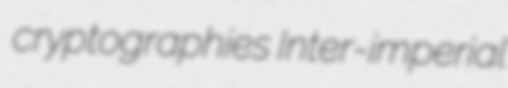
cryptographies Inter-imperial